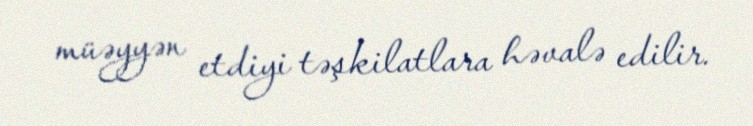
müəyyən etdiyi təşkilatlara həvalə edilir.